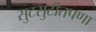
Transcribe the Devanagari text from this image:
सुटसुटीतपणा